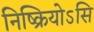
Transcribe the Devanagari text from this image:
निष्क्रियोऽसि